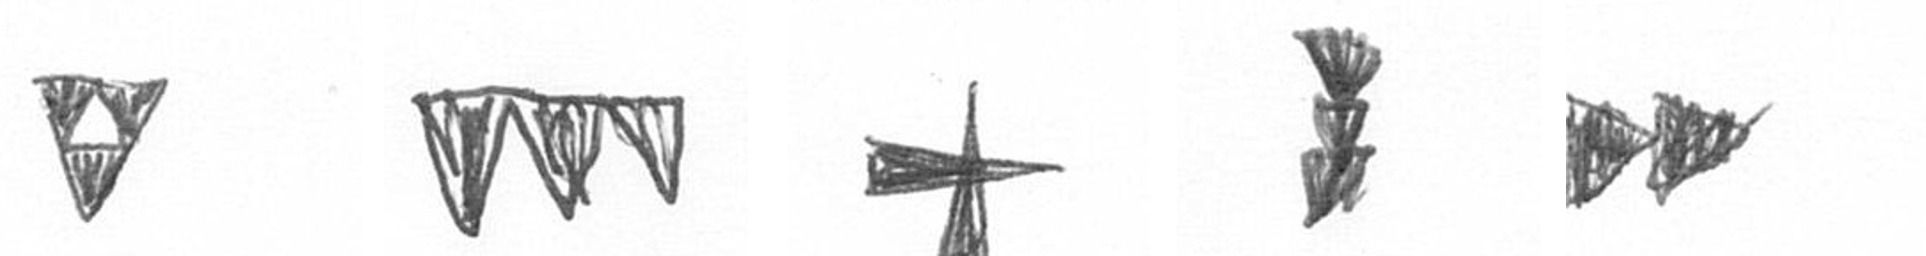
S L G E A